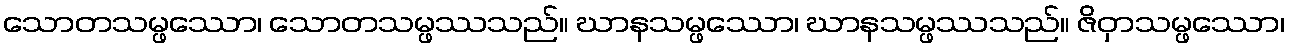
သောတသမ္ဖဿော၊ သောတသမ္ဖဿသည်။ ဃာနသမ္ဖဿော၊ ဃာနသမ္ဖဿသည်။ ဇိဝှာသမ္ဖဿော၊